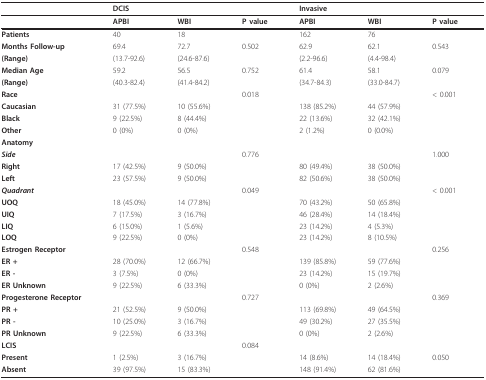
<table><thead><tr><td></td><td><b>DCIS</b></td><td></td><td></td><td><b>Invasive</b></td><td></td><td></td></tr></thead><tbody><tr><td></td><td><b>APBI</b></td><td><b>WBI</b></td><td><b>P value</b></td><td><b>APBI</b></td><td><b>WBI</b></td><td><b>P value</b></td></tr><tr><td><b>Patients</b></td><td>40</td><td>18</td><td></td><td>162</td><td>76</td><td></td></tr><tr><td><b>Months Follow-up</b></td><td>69.4</td><td>72.7</td><td>0.502</td><td>62.9</td><td>62.1</td><td>0.543</td></tr><tr><td><b>(Range)</b></td><td>(13.7-92.6)</td><td>(24.6-87.6)</td><td></td><td>(2.2-96.6)</td><td>(4.4-98.4)</td><td></td></tr><tr><td><b>Median Age</b></td><td>59.2</td><td>56.5</td><td>0.752</td><td>61.4</td><td>58.1</td><td>0.079</td></tr><tr><td><b>(Range)</b></td><td>(40.3-82.4)</td><td>(41.4-84.2)</td><td></td><td>(34.7-84.3)</td><td>(33.0-84.7)</td><td></td></tr><tr><td><b>Race</b></td><td></td><td></td><td>0.018</td><td></td><td></td><td>&lt; 0.001</td></tr><tr><td><b>Caucasian</b></td><td>31 (77.5%)</td><td>10 (55.6%)</td><td></td><td>138 (85.2%)</td><td>44 (57.9%)</td><td></td></tr><tr><td><b>Black</b></td><td>9 (22.5%)</td><td>8 (44.4%)</td><td></td><td>22 (13.6%)</td><td>32 (42.1%)</td><td></td></tr><tr><td><b>Other</b></td><td>0 (0%)</td><td>0 (0%)</td><td></td><td>2 (1.2%)</td><td>0 (0.0%)</td><td></td></tr><tr><td><b>Anatomy</b></td><td></td><td></td><td></td><td></td><td></td><td></td></tr><tr><td><b><i>Side</i></b></td><td></td><td></td><td>0.776</td><td></td><td></td><td>1.000</td></tr><tr><td><b>Right</b></td><td>17 (42.5%)</td><td>9 (50.0%)</td><td></td><td>80 (49.4%)</td><td>38 (50.0%)</td><td></td></tr><tr><td><b>Left</b></td><td>23 (57.5%)</td><td>9 (50.0%)</td><td></td><td>82 (50.6%)</td><td>38 (50.0%)</td><td></td></tr><tr><td><b><i>Quadrant</i></b></td><td></td><td></td><td>0.049</td><td></td><td></td><td>&lt; 0.001</td></tr><tr><td><b>UOQ</b></td><td>18 (45.0%)</td><td>14 (77.8%)</td><td></td><td>70 (43.2%)</td><td>50 (65.8%)</td><td></td></tr><tr><td><b>UIQ</b></td><td>7 (17.5%)</td><td>3 (16.7%)</td><td></td><td>46 (28.4%)</td><td>14 (18.4%)</td><td></td></tr><tr><td><b>LIQ</b></td><td>6 (15.0%)</td><td>1 (5.6%)</td><td></td><td>23 (14.2%)</td><td>4 (5.3%)</td><td></td></tr><tr><td><b>LOQ</b></td><td>9 (22.5%)</td><td>0 (0%)</td><td></td><td>23 (14.2%)</td><td>8 (10.5%)</td><td></td></tr><tr><td><b>Estrogen Receptor</b></td><td></td><td></td><td>0.548</td><td></td><td></td><td>0.256</td></tr><tr><td><b>ER +</b></td><td>28 (70.0%)</td><td>12 (66.7%)</td><td></td><td>139 (85.8%)</td><td>59 (77.6%)</td><td></td></tr><tr><td><b>ER -</b></td><td>3 (7.5%)</td><td>0 (0%)</td><td></td><td>23 (14.2%)</td><td>15 (19.7%)</td><td></td></tr><tr><td><b>ER Unknown</b></td><td>9 (22.5%)</td><td>6 (33.3%)</td><td></td><td>0 (0%)</td><td>2 (2.6%)</td><td></td></tr><tr><td><b>Progesterone Receptor</b></td><td></td><td></td><td>0.727</td><td></td><td></td><td>0.369</td></tr><tr><td><b>PR +</b></td><td>21 (52.5%)</td><td>9 (50.0%)</td><td></td><td>113 (69.8%)</td><td>49 (64.5%)</td><td></td></tr><tr><td><b>PR -</b></td><td>10 (25.0%)</td><td>3 (16.7%)</td><td></td><td>49 (30.2%)</td><td>27 (35.5%)</td><td></td></tr><tr><td><b>PR Unknown</b></td><td>9 (22.5%)</td><td>6 (33.3%)</td><td></td><td>0 (0%)</td><td>2 (2.6%)</td><td></td></tr><tr><td><b>LCIS</b></td><td></td><td></td><td>0.084</td><td></td><td></td><td></td></tr><tr><td><b>Present</b></td><td>1 (2.5%)</td><td>3 (16.7%)</td><td></td><td>14 (8.6%)</td><td>14 (18.4%)</td><td>0.050</td></tr><tr><td><b>Absent</b></td><td>39 (97.5%)</td><td>15 (83.3%)</td><td></td><td>148 (91.4%)</td><td>62 (81.6%)</td><td></td></tr></tbody></table>